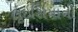
લૂઇસિયાની